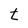
Character: t